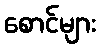
စောင်များ